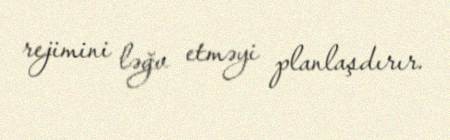
rejimini ləğv etməyi planlaşdırır.